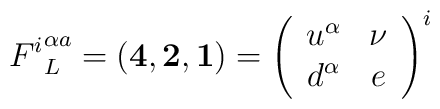
{F^i}^{\alpha a}_L=({\bf4},{\bf2},{\bf1})= \left(\begin{array}{cc} u^\alpha & \nu \\ d^\alpha & e\end{array} \right)^i